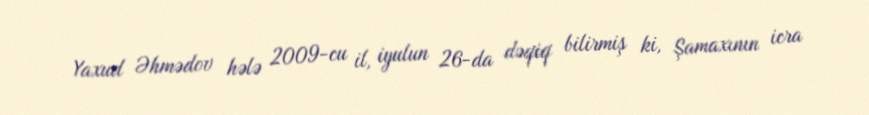
Yaxud Əhmədov hələ 2009-cu il, iyulun 26-da dəqiq bilirmiş ki, Şamaxının icra